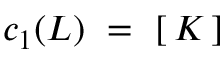
c _ { 1 } ( { \cal L } ) ~ = ~ \left[ \, K \, \right]